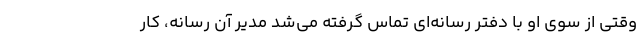
وقتی از سوی او با دفتر رسانه‌ای تماس گرفته می‌شد مدیر آن رسانه، کار